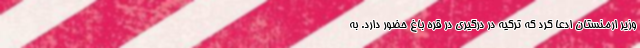
وزیر ارمنستان ادعا کرد که ترکیه در درگیری در قره باغ حضور دارد. به